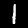
Digit: 1